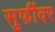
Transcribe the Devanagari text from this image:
सुफींवर